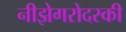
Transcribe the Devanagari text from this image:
नीझेगरोदस्की